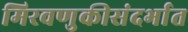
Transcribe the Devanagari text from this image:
मिरवणुकीसंदर्भात